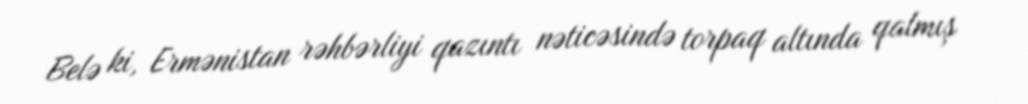
Belə ki, Ermənistan rəhbərliyi qazıntı nəticəsində torpaq altında qalmış